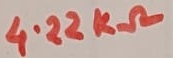
Text: 4.22KΩ